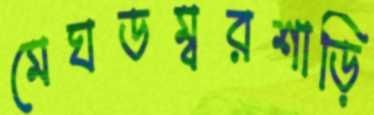
মেঘডম্বরশাড়ি